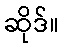
ဆိုဒ်။